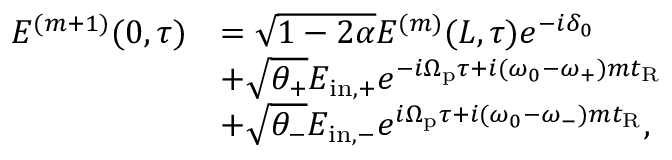
\begin{array} { r l } { E ^ { ( m + 1 ) } ( 0 , \tau ) } & { = \sqrt { 1 - 2 \alpha } E ^ { ( m ) } ( L , \tau ) e ^ { - i \delta _ { 0 } } } \\ & { + \sqrt { \theta _ { + } } E _ { \mathrm { i n , + } } e ^ { - i \Omega _ { \mathrm { p } } \tau + i ( \omega _ { 0 } - \omega _ { + } ) m t _ { \mathrm { R } } } } \\ & { + \sqrt { \theta _ { - } } E _ { \mathrm { i n , - } } e ^ { i \Omega _ { \mathrm { p } } \tau + i ( \omega _ { 0 } - \omega _ { - } ) m t _ { \mathrm { R } } } , } \end{array}